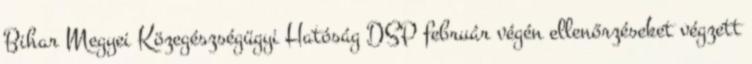
Bihar Megyei Közegészségügyi Hatóság DSP február végén ellenőrzéseket végzett